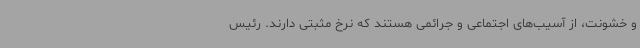
و خشونت، از آسیب‌های اجتماعی و جرائمی هستند که نرخ مثبتی دارند. رئیس